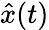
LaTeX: {\hat{x}}(t)